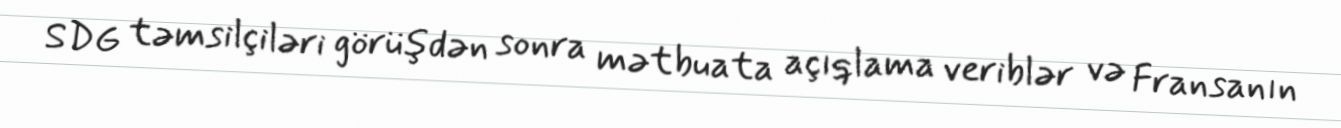
SDG təmsilçiləri görüşdən sonra mətbuata açıqlama veriblər və Fransanın